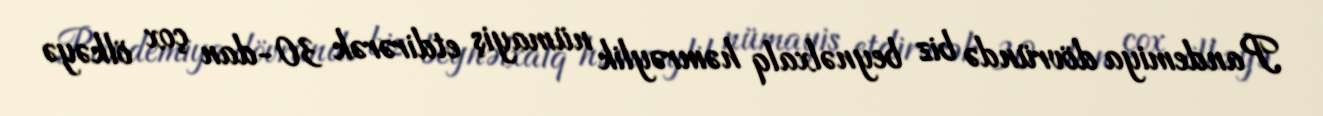
Pandemiya dövründə biz beynəlxalq həmrəylik nümayiş etdirərək 30-dan çox ölkəyə